Punjab Mental Hospital Lahore 1922-31 - 1922-1931
Year: 1922
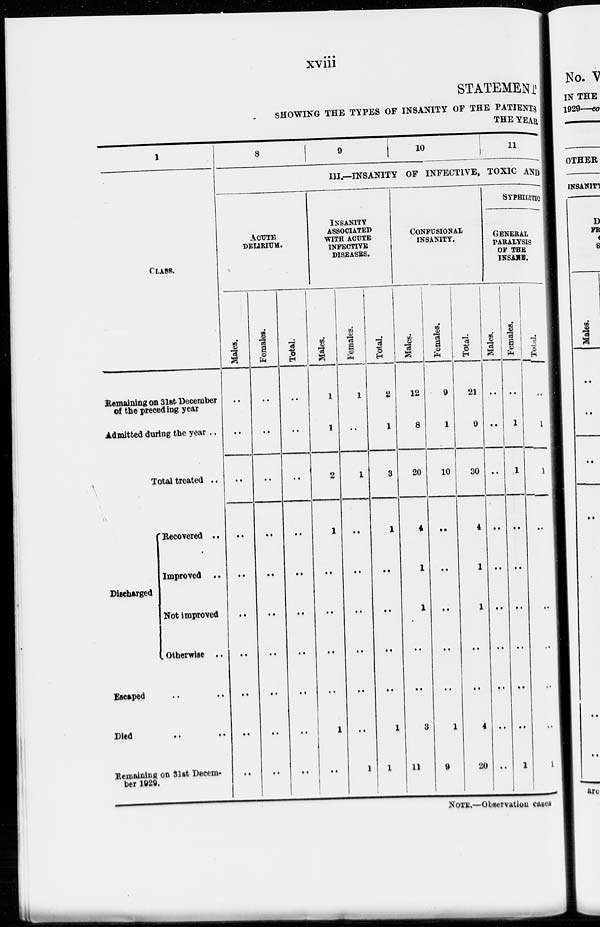
xviii
STATEMENT
SHOWING THE TYPES OF INSANITY OF THE PATIENTS
THE YEAR
1
8
9
10
11
III.—INSANITY OF INFECTIVE, TOXIC AND
CLASS.
Remaining on 31st December
of the preceding year
Admitted during the year ..
Total treated ..
Discharged
Recovered ..
Improved ..
Not improved
Otherwise ..
Escaped .. ..
Died .. ..
Remaining on 31st Decem-
ber 1929.
ACUTE
DELIRIUM.
Males.
..
..
..
..
..
..
..
..
..
..
Females.
..
..
..
..
..
..
..
..
..
..
Total.
..
..
..
..
..
..
..
..
..
..
INSANITY
ASSOCIATED
WITH ACUTE
INFECTIVE
DISEASES.
Males.
1
1
2
1
..
..
..
..
1
..
Females.
1
..
1
..
..
..
..
..
..
1
Total.
2
1
3
1
..
..
..
..
1
1
CONFUSIONAL
INSANITY.
Males.
12
8
20
4
1
1
..
..
3
11
Females.
9
1
10
..
..
..
..
..
1
9
Total.
21
9
30
4
1
1
..
..
4
20
SYPHILITIC
GENERAL
PARALYSIS
OF THE
INSANE.
Males.
..
..
..
..
..
..
..
..
..
..
Females.
..
1
1
..
..
..
..
..
..
1
Total.
..
1
1
..
..
.
..
..
..
1
NOTE.—Observation cases